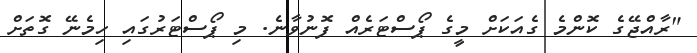
"ރާއްޖޭގެ ކޮންމެ ގެއަކަށް މީގެ ޕޯސްޓަރެއް ފޮނުވާނެ. މި ޕޯސްޓަރުގައި ހިމެނޭ ގޮތަށް